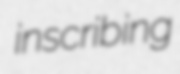
inscribing